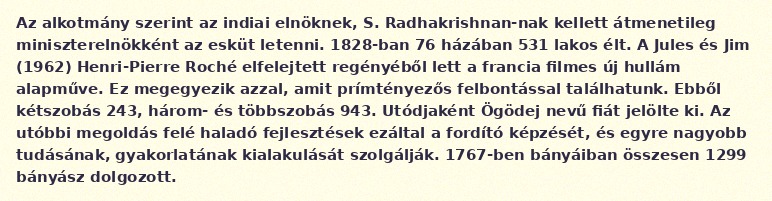
Az alkotmány szerint az indiai elnöknek, S. Radhakrishnan-nak kellett átmenetileg miniszterelnökként az esküt letenni. 1828-ban 76 házában 531 lakos élt. A Jules és Jim (1962) Henri-Pierre Roché elfelejtett regényéből lett a francia filmes új hullám alapműve. Ez megegyezik azzal, amit prímtényezős felbontással találhatunk. Ebből kétszobás 243, három- és többszobás 943. Utódjaként Ögödej nevű fiát jelölte ki. Az utóbbi megoldás felé haladó fejlesztések ezáltal a fordító képzését, és egyre nagyobb tudásának, gyakorlatának kialakulását szolgálják. 1767-ben bányáiban összesen 1299 bányász dolgozott.